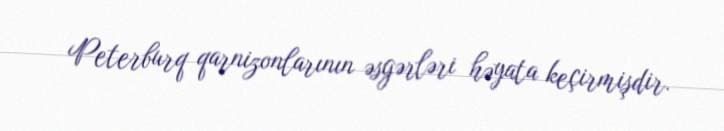
Peterburq qarnizonlarının əsgərləri həyata keçirmişdir.